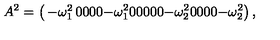
A ^ { 2 } = \left( \begin{matrix} { - \omega _ { 1 } ^ { 2 } } & { 0 } & { 0 } & { 0 } \\ { 0 } & { - \omega _ { 1 } ^ { 2 } } & { 0 } & { 0 } & { 0 } \\ { 0 } & { 0 } & { - \omega _ { 2 } ^ { 2 } } & { 0 } \\ { 0 } & { 0 } & { 0 } & { - \omega _ { 2 } ^ { 2 } } \\ \end{matrix} \right) ,